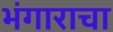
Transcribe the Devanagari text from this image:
भंगाराचा